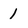
Character: 1